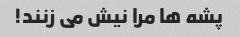
پشه ها مرا نیش می زنند!